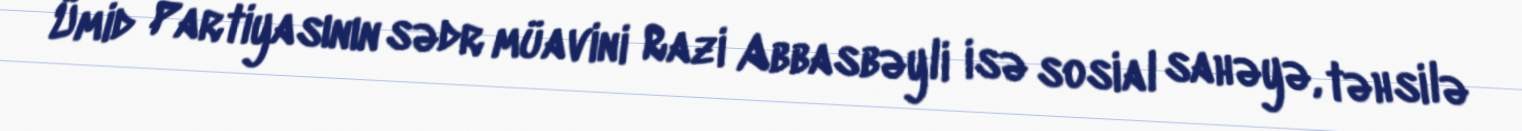
Ümid Partiyasının sədr müavini Razi Abbasbəyli isə sosial sahəyə, təhsilə